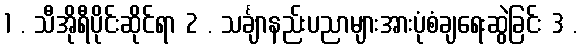
1 . သီအိုရီပိုင်းဆိုင်ရာ 2 . သင်္ချာနည်းပညာများအားပုံစံချရေးဆွဲခြင်း 3 .